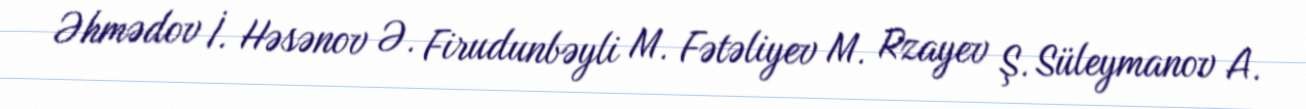
Əhmədov İ. Həsənov Ə. Firudunbəyli M. Fətəliyev M. Rzayev Ş. Süleymanov A.